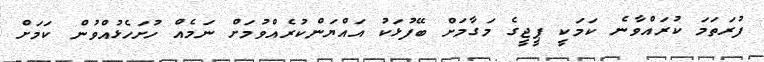
ފުރަތަމަ ކުރައްވާނެ ކަމަކީ ޕީޖީގެ މަގާމަށް ބޭފުޅަކު އައްޔަންކުރެއްވުމަށް ނަމެއް ހުށަހެޅުއްވުން ކަމަށް